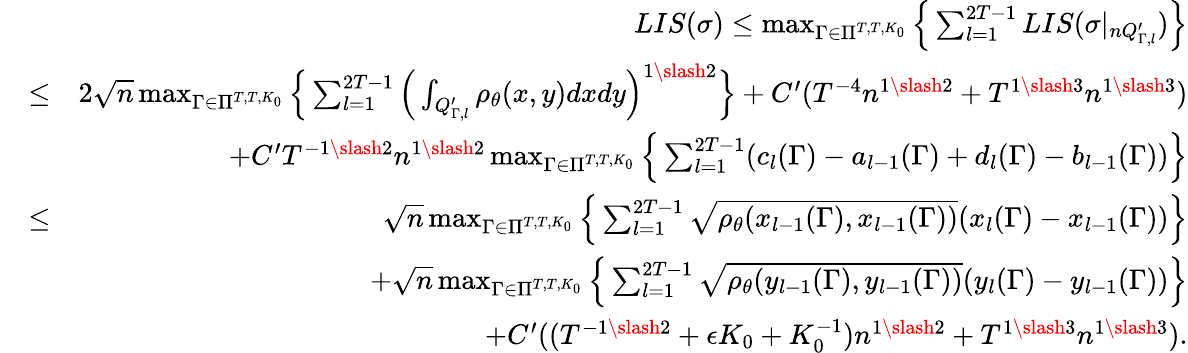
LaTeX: \begin{array}{rlr}&{}&{LIS(\sigma)\leq\operatorname*{max}_{\Gamma\in\Pi^{T,T,K_{0}}}\Big\{ \sum_{l=1}^{2T-1}LIS(\sigma|_{nQ_{\Gamma,l}^{\prime}})\Big\} }\\ &{\leq}&{2\sqrt{n}\operatorname*{max}_{\Gamma\in\Pi^{T,T,K_{0}}}\Big\{ \sum_{l=1}^{2T-1}\Big(\int_{Q_{\Gamma,l}^{\prime}}\rho_{\theta}(x,y)dxdy\Big)^{1\slash 2}\Big\} +C^{\prime}(T^{-4}n^{1\slash 2}+T^{1\slash 3}n^{1\slash 3})}\\ &{}&{+C^{\prime}T^{-1\slash 2}n^{1\slash 2}\operatorname*{max}_{\Gamma\in\Pi^{T,T,K_{0}}}\Big\{ \sum_{l=1}^{2T-1}(c_{l}(\Gamma)-a_{l-1}(\Gamma)+d_{l}(\Gamma)-b_{l-1}(\Gamma))\Big\} }\\ &{\leq}&{\sqrt{n}\operatorname*{max}_{\Gamma\in\Pi^{T,T,K_{0}}}\Big\{ \sum_{l=1}^{2T-1}\sqrt{\rho_{\theta}(x_{l-1}(\Gamma),x_{l-1}(\Gamma))}(x_{l}(\Gamma)-x_{l-1}(\Gamma))\Big\} }\\ &{}&{+\sqrt{n}\operatorname*{max}_{\Gamma\in\Pi^{T,T,K_{0}}}\Big\{ \sum_{l=1}^{2T-1}\sqrt{\rho_{\theta}(y_{l-1}(\Gamma),y_{l-1}(\Gamma))}(y_{l}(\Gamma)-y_{l-1}(\Gamma))\Big\} }\\ &{}&{+C^{\prime}((T^{-1\slash 2}+\epsilon K_{0}+K_{0}^{-1})n^{1\slash 2}+T^{1\slash 3}n^{1\slash 3}).}\end{array}